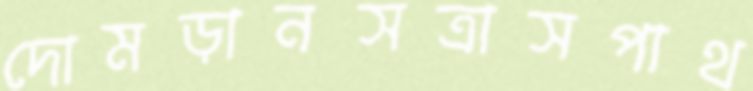
দোমড়ানসত্রাসপাথ